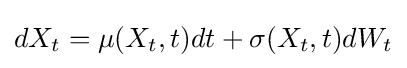
dX_{t}=\mu (X_{t},t)dt+\sigma (X_{t},t)dW_{t}